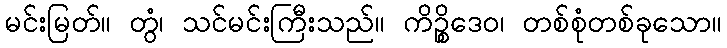
မင်းမြတ်။ တွံ၊ သင်မင်းကြီးသည်။ ကိဉ္စိဒေဝ၊ တစ်စုံတစ်ခုသော။